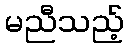
မညီသည့်